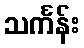
သင်္ကန်း